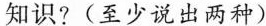
知识?(至少说出两种)